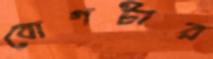
বোগটার